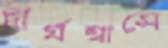
দীর্ঘশ্বাসে